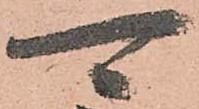
可